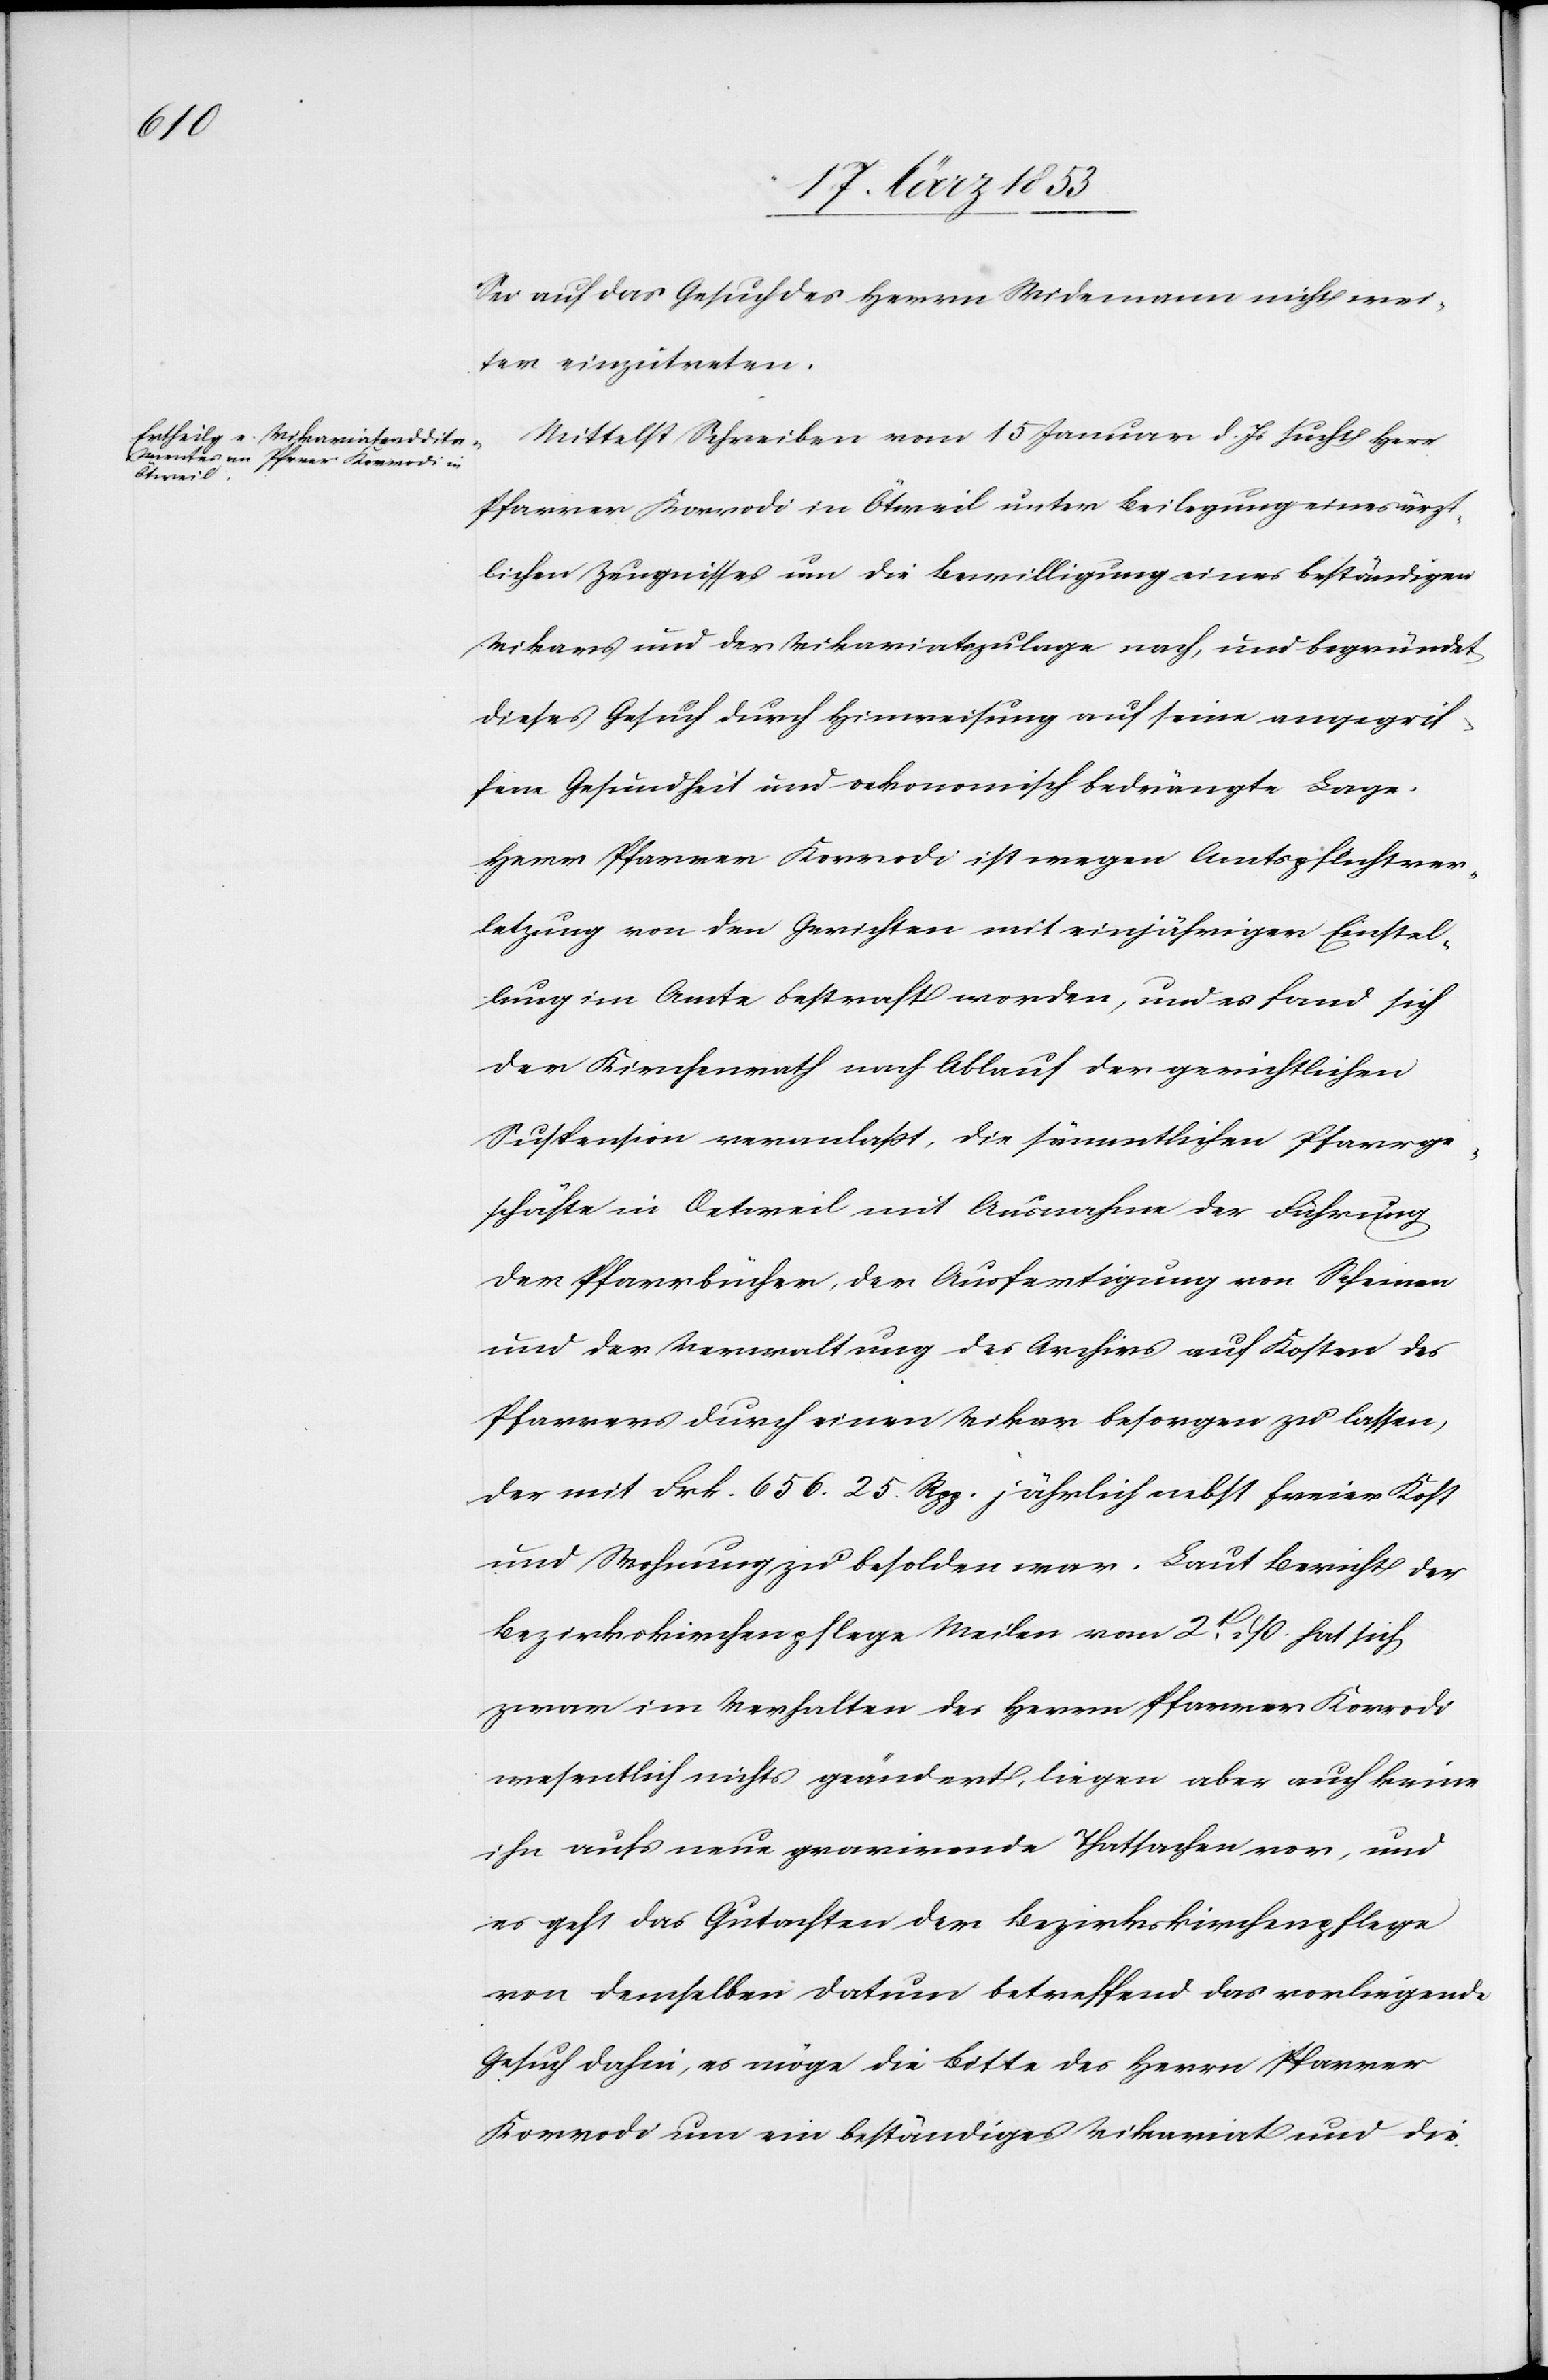
Sei auf das Gesuch des Herrn Widemann nicht wei¬
ter einzutreten.
Mittelst Schreiben vom 15 Januar d. Js. sucht Herr
Pfarrer Korrodi in Ötweil unter Beilegung eines ärzt¬
lichen Zeugnisses um die Bewilligung eines beständigen
Vikars und der Vikariatszulage nach, und begründet
dieses Gesuch durch Hinweisung auf seine angegrif¬
fene Gesundheit und oekonomisch bedrängte Lage.
Herr Pfarrer Korrodi ist wegen Amtspflichtver¬
letzung von den Gerichten mit einjähriger Einstel¬
lung im Amte bestraft worden, und es fand sich
der Kirchenrath nach Ablauf der gerichtlichen
Suspension veranlaßt, die sämmtlichen Pfarrge¬
schäfte in Oetweil mit Ausnahme der Führung
der Pfarrbücher, der Ausfertigung von Scheinen
und der Verwaltung des Archivs auf Kosten des
Pfarrers durch einen Vikar besorgen zu lassen,
der mit Frk. 656. 25 Rpp. jährlich nebst freier Kost
und Wohnung zu besolden war. Laut Bericht der
Bezirkskirchenpflege Meilen vom 2t. dß. hat sich
zwar im Verhalten des Herrn Pfarrer Korrodi
wesentlich nichts geändert, liegen aber auch keine
ihn aufs neue gravirende Thatsachen vor, und
es geht das Gutachten der Bezirkskirchenpflege
von demselben Datum betreffend das vorliegende
Gesuch dahin, es möge die Bitte des Herrn Pfarrer
Korrodi um ein beständiges Vikariat und die